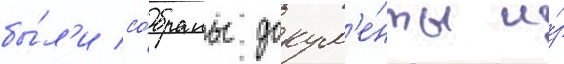
бы́л'и со́браны докум'е́нты и́з